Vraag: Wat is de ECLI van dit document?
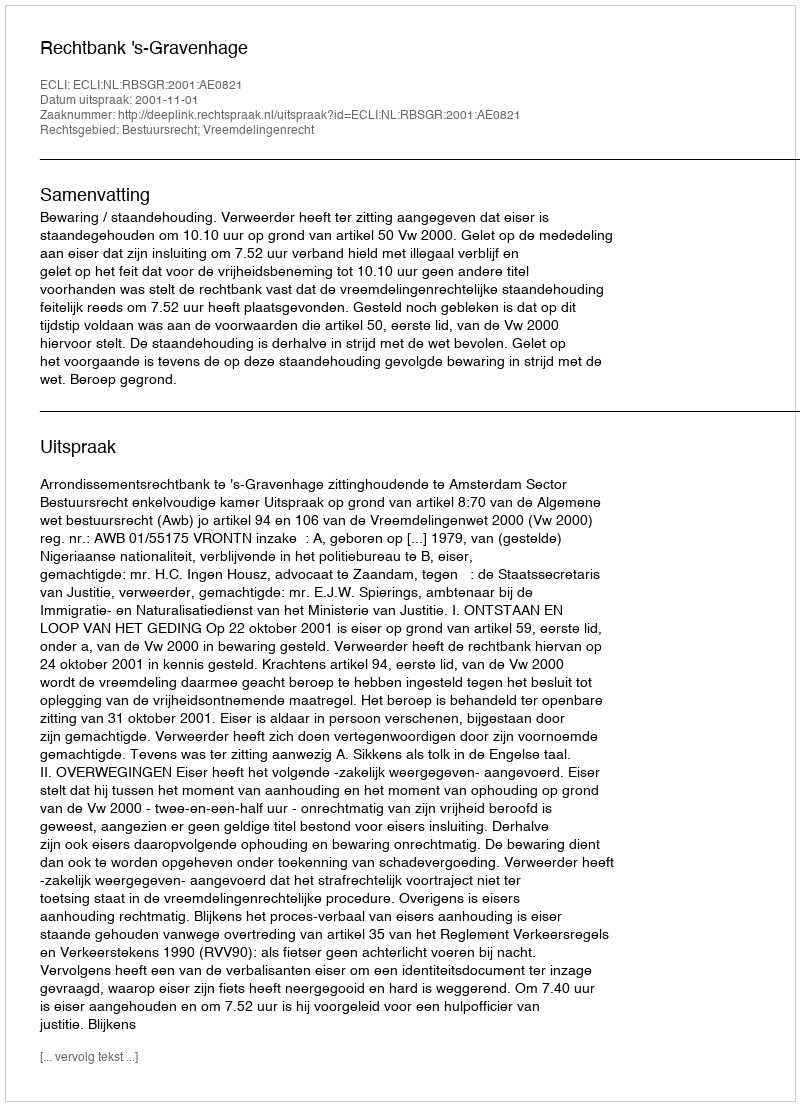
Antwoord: ECLI:NL:RBSGR:2001:AE0821